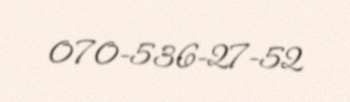
070-536-27-52